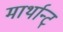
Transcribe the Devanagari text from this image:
मार्थान्ट्